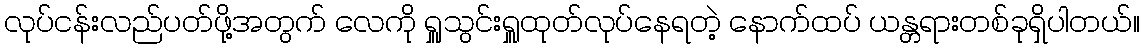
လုပ်ငန်းလည်ပတ်ဖို့အတွက် လေကို ရှူသွင်းရှူထုတ်လုပ်နေရတဲ့ နောက်ထပ် ယန္တရားတစ်ခုရှိပါတယ်။